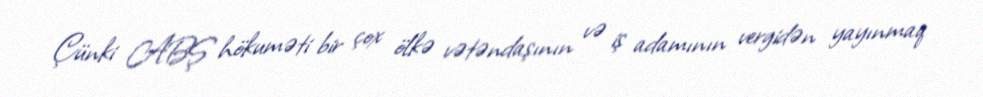
Çünki ABŞ hökuməti bir çox ölkə vətəndaşının və iş adamının vergidən yayınmaq